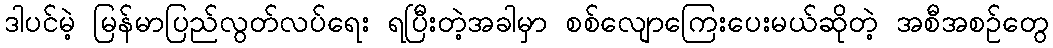
ဒါပင်မဲ့ မြန်မာပြည်လွတ်လပ်ရေး ရပြီးတဲ့အခါမှာ စစ်လျောကြေးပေးမယ်ဆိုတဲ့ အစီအစဉ်တွေ